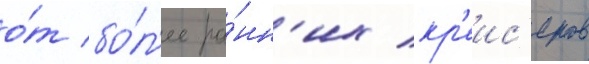
о́т бо́л'ее ра́нн'их кр'еис'еров